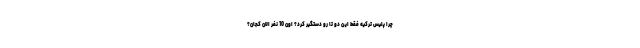
چرا پليس تركيه فقط اين دو تا رو دستگير كرد؟ اون 10 نفر الان كجان؟